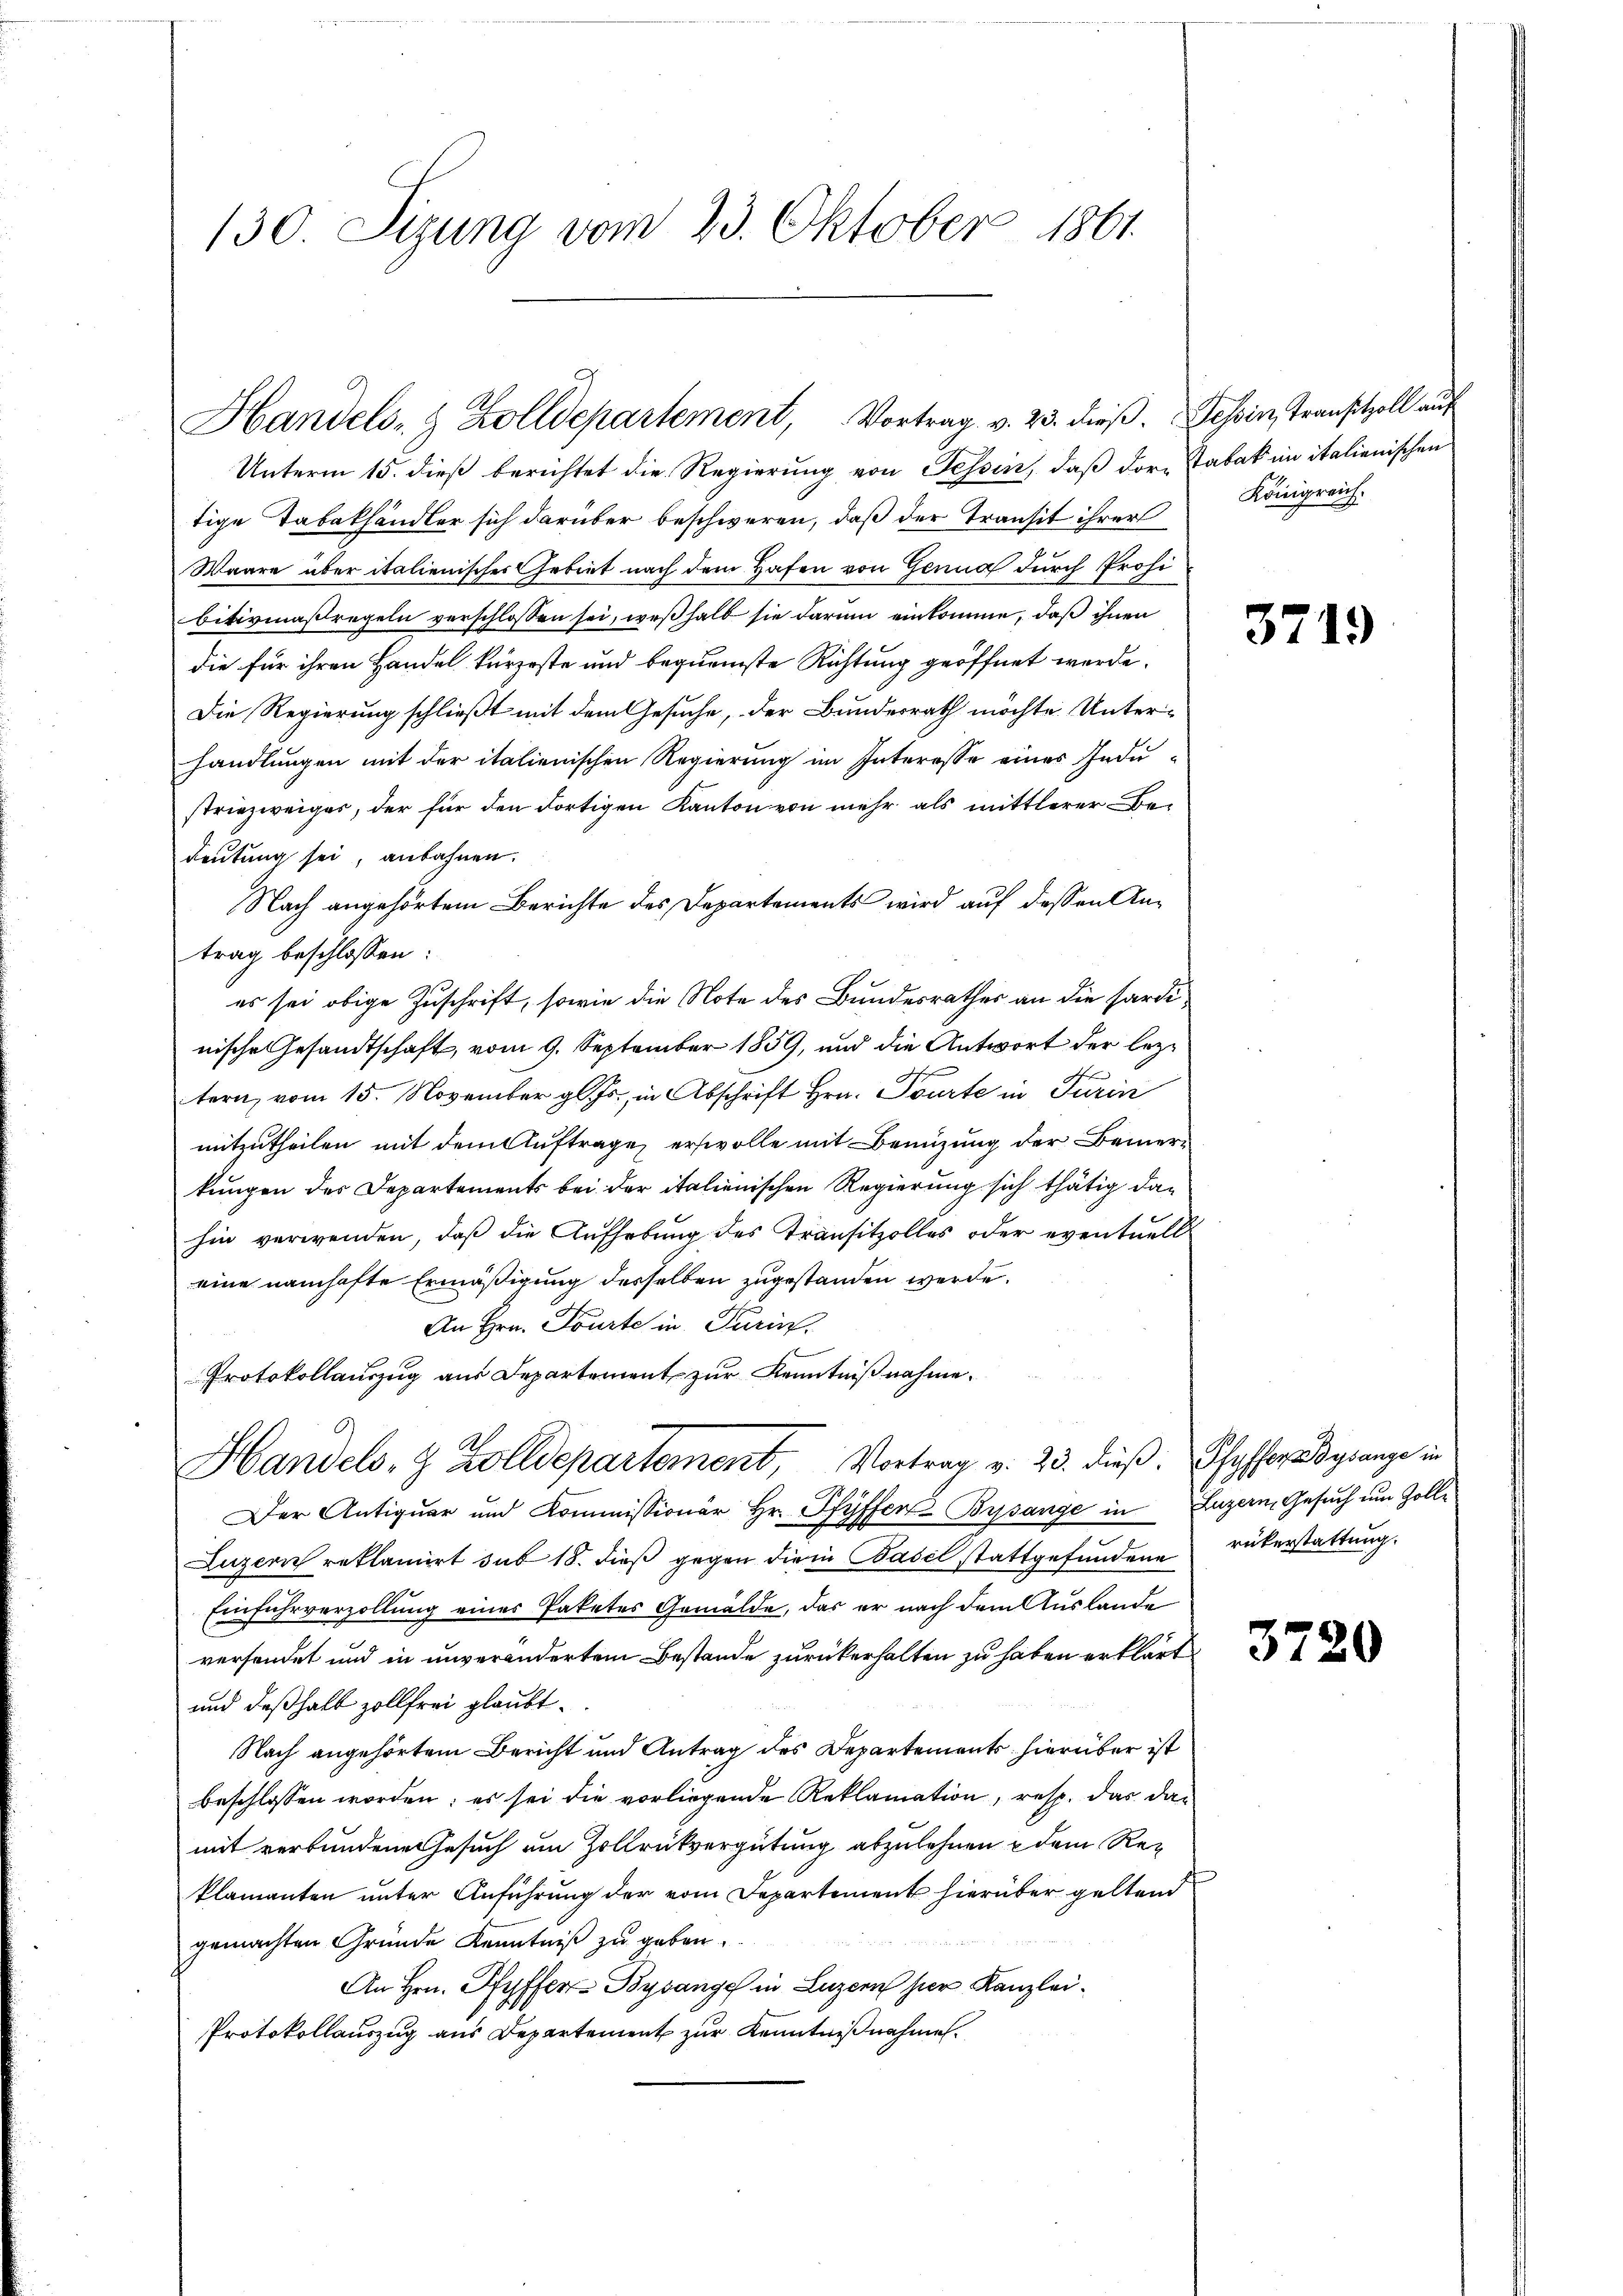
130. Sizung vom 23. Oktober 1861.

Unterm 15. dieß berichtet die Regierung von Tessin, daß der Tabak in italienischen
tige Tabakhändler sich darüber beschweren, daß der Transit ihrer
Waare über italienisches Gebiet nach dem Hafen von Genua durch Profi
bitivmaßregeln verschlossen sei, weßhalb sie darum einkomme, daß ihnen
die für ihren Handel kürzeste und bequemste Richtung geöffnet werde.
Die Regierung schließt mit dem Gesuche, der Bundesrath möchte Unterhandlungen mit der italienischen Regierung im Interesse eines Industriezweiger, der für den dortigen Kanton von mehr als mittlerer Bedeutung sei, anbahnen.
Nach angehörtem Berichte des Departements wird auf dessen Antrag beschlossen:
es sei obige Zuschrift, sowie die Note des Bundesrathes an die Sardinische Gesandtschaft, vom 9. September 1859, und die Antwort der leztern, vom 15. November gl. Js., in Abschrift Hrn. Tourte in Turin
mitzutheilen mit dem Auftrage erstvolle mit Benuzung der Bemerkungen des Departements bei der italienischen Regierung sich thätig dahin verwenden, daß die Aufhebung des Transitzolles oder eventuell
eine namhafte Ermäßigung desselben zugestanden werde.
An Hrn. Tourte in Paris.
Protokollauszug aus Departement zur Kenntnißnahme.
Handels- & Zolldepartement, Vortrag v. 23. dieβ. Pfyffer ganze in
Der Antiquar und Kommissionär Hr. Pfyffer Bysange in Luzern, Gesuch um Zolle
Luzern reklamirt sub 18. dieß gegen die in Basel stattgefundene rükerstattung.
Einfuhrverzollung eines Paketes Gemälde, das er nach dem Auslande
versendet und in unverändertem Bestande zurückerhalten zu haben erklärt
und deßhalb zollfrei glaubt.
Nach angehörtem Bericht und Antrag des Departement hierüber ist
beschlossen worden; es sei die vorliegende Reklamation, resp. das dan
mit verbundene Gesuch am Hollrückvergütung abzulehnen & dem Reklamanten unter Anführung der vom Departement hierüber geltend
gemachten Gründe Kenntniß zu geben.
An Hrn. Pfyffer Bysange in Luzern hier Kanzlei¬
Protokollauszug aus Departement zur Kenntnißnahmen.

Handels- & Zolldepartement, Vortrag v. 23. dieß. Schin, Transitzoll auf

Königreich.

3719

3720